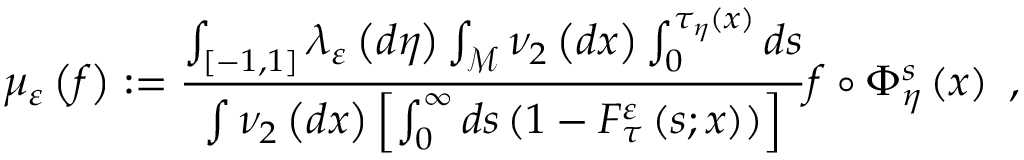
\mu _ { \varepsilon } \left( f \right) : = \frac { \int _ { \left[ - 1 , 1 \right] } \lambda _ { \varepsilon } \left( d \eta \right) \int _ { \mathcal { M } } \nu _ { 2 } \left( d x \right) \int _ { 0 } ^ { \tau _ { \eta } \left( x \right) } d s } { \int \nu _ { 2 } \left( d x \right) \left[ \int _ { 0 } ^ { \infty } d s \left( 1 - F _ { \tau } ^ { \varepsilon } \left( s ; x \right) \right) \right] } f \circ \Phi _ { \eta } ^ { s } \left( x \right) \ ,